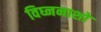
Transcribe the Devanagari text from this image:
विघ्ननाशो